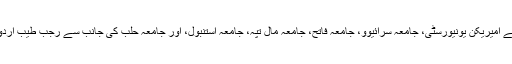
ڈاکٹریٹ اور اعزازات : جامعہ سینٹ جانز، گرنے امیریکن یونیورسٹی، جامعہ سرائیوو، جامعہ فاتح، جامعہ مال تپہ، جامعہ استنبول، اور جامعہ حلب کی جانب سے رجب طیب اردوغان کو ڈاکٹریٹ کی اعزازی سند سے نوازا گیا۔